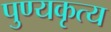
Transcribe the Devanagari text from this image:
पुण्यकृत्य